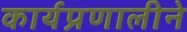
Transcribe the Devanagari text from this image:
कार्यप्रणालीने